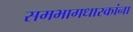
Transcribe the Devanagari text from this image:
समभागधारकांना